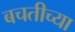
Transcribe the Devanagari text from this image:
बचतीच्या